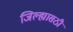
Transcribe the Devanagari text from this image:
जिल्ह्यासठी